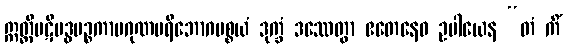
ဣတ္ထိပဋိဗဒ္ဓပဉ္စကာမဂုဏပရိဘောဂပစ္စယံ ဒုက္ခံ ဒဿေတွာ ဧတေနေဝ ဥပါယေန “တံ ကိံ